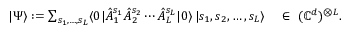
\textstyle | \Psi \rangle : = \sum _ { s _ { 1 } , \dotsc , s _ { L } } \langle 0 | \hat { A } _ { 1 } ^ { s _ { 1 } } \hat { A } _ { 2 } ^ { s _ { 2 } } \dotsb \hat { A } _ { L } ^ { s _ { L } } | 0 \rangle \, | s _ { 1 } , s _ { 2 } , \dotsc , s _ { L } \rangle \quad \in \ ( \mathbb { C } ^ { d } ) ^ { \otimes L } .